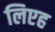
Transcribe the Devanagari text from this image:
लिएह